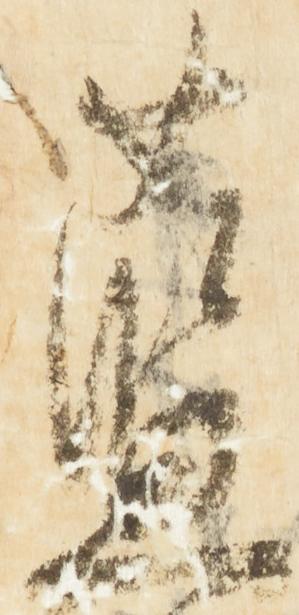
藍